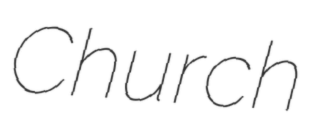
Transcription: Church